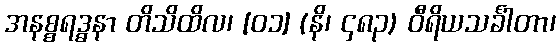
အနစ္စရဒ္ဓနာ တိသိထိလ၊ [၀၁] (နိ၊ ၄၈၃) ဝီရိယသင်္ခါတာ၊